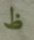
ظ